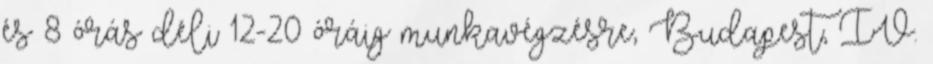
és 8 órás déli 12-20 óráig munkavégzésre, Budapest, IV.